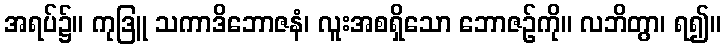
အရပ်၌။ ကုဒြူ သကာဒိဘောဇနံ၊ လူးအစရှိသော ဘောဇဉ်ကို။ လဘိတွာ၊ ရ၍။